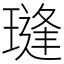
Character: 㻱